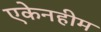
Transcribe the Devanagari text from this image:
एकेनहीम